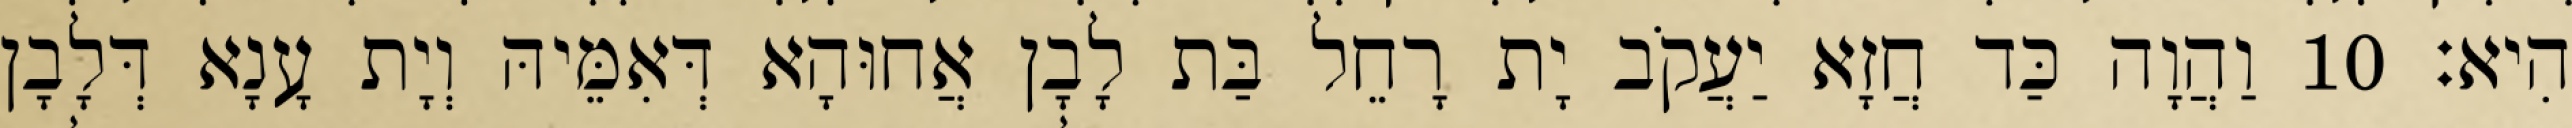
הִיא׃ 10 וַהֲוָה כַּד חֲזָא יַעֲקֹב יָת רָחֵל בַּת לָבָן אֲחוּהָא דְּאִמֵּיהּ וְיָת עָנָא דְּלָבָן